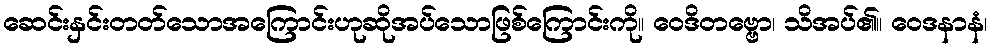
ဆေင်းနှင်းတတ်သောအကြောင်းဟုဆိုအပ်သောဖြစ်ကြောင်းကို။ ဝေဒိတဗ္ဗော၊ သိအပ်၏။ ဝေဒနာနံ၊